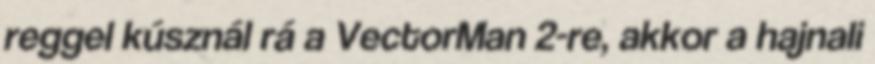
reggel kúsznál rá a VectorMan 2-re, akkor a hajnali